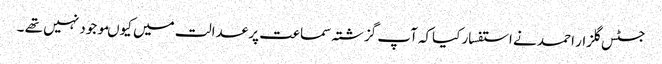
جسٹس گلزار احمد نے استفسار کیاکہ آپ گزشتہ سماعت پر عدالت میں کیوںموجود نہیں تھے ۔